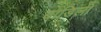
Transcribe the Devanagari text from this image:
बाडिली